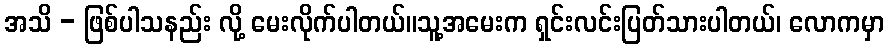
အသိ - ဖြစ်ပါသနည်း လို့ မေးလိုက်ပါတယ်။သူ့အမေးက ရှင်းလင်းပြတ်သားပါတယ်၊ လောကမှာ